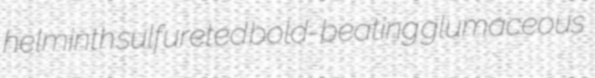
helminth sulfureted bold-beating glumaceous